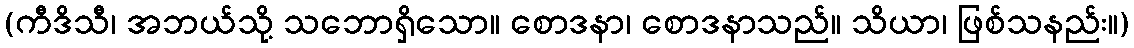
(ကီဒိသီ၊ အဘယ်သို့ သဘောရှိသော။ စောဒနာ၊ စောဒနာသည်။ သိယာ၊ ဖြစ်သနည်း။)